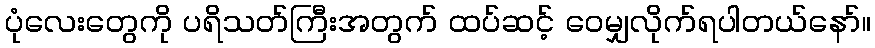
ပုံလေးတွေကို ပရိသတ်ကြီးအတွက် ထပ်ဆင့် ဝေမျှလိုက်ရပါတယ်နော်။